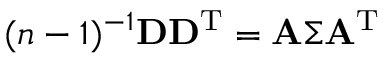
( n - 1 ) ^ { - 1 } \mathbf { D } \mathbf { D } ^ { \mathrm { T } } = \mathbf { A } \boldsymbol { \Sigma } \mathbf { A } ^ { \mathrm { T } }